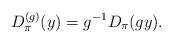
LaTeX: \begin{align*}D_{\pi}^{(g)}(y) = g^{-1}D_{\pi}(gy).\end{align*}